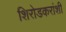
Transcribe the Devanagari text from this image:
शिरोडकरांशी